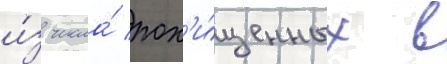
и́з числа́ пох'и́щенных в